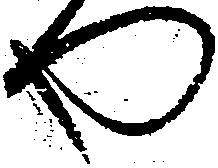
や